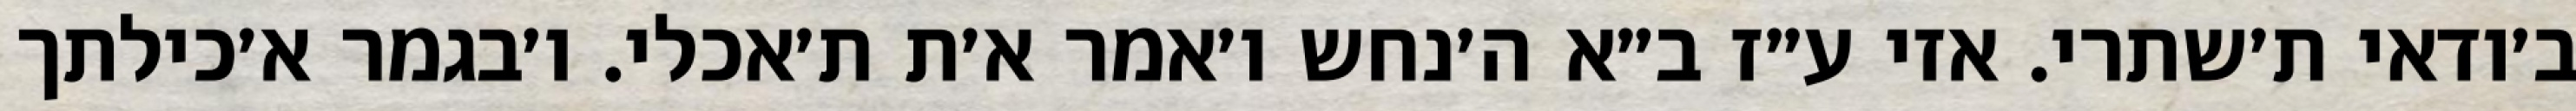
ב׳ודאי ת׳שתרי. אזי ע״ז ב״א ה׳נחש ו׳אמר א׳ת ת׳אכלי. ו׳בגמר א׳כילתך